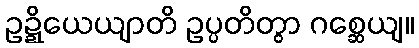
ဥဍ္ဍိယေယျာတိ ဥပ္ပတိတွာ ဂစ္ဆေယျ။